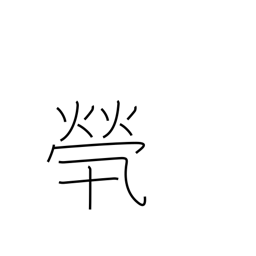
Meaning: without any family